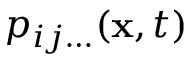
\ p _ { i j \ldots } ( \mathbf { x } , t )